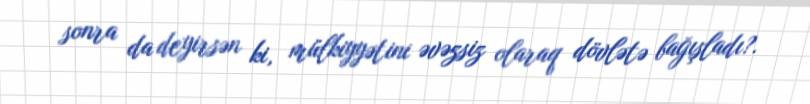
sonra da deyirsən ki, mülkiyyətini əvəzsiz olaraq dövlətə bağışladı?.